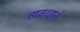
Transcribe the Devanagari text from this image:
व्यवधाने